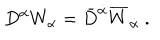
D ^ { \alpha } W _ { \alpha } = \bar { D } ^ { \dot { \alpha } } \overline { { W } } _ { \dot { \alpha } } ~ .